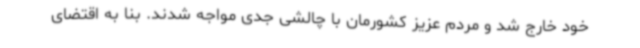
خود خارج شد و مردم عزیز کشورمان با چالشی جدی مواجه شدند. بنا به اقتضای